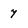
Character: 7